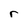
Character: r